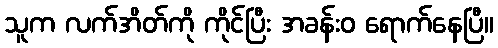
သူက လက်အိတ်ကို ကိုင်ပြီး အခန်းဝ ရောက်နေပြီ။